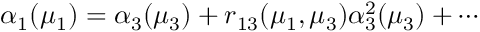
\alpha _ { 1 } ( \mu _ { 1 } ) = \alpha _ { 3 } ( \mu _ { 3 } ) + r _ { 1 3 } ( \mu _ { 1 } , \mu _ { 3 } ) \alpha _ { 3 } ^ { 2 } ( \mu _ { 3 } ) + \cdots \,